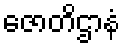
ဇောတိဌာနံ